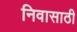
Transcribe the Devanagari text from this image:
निवासाठी